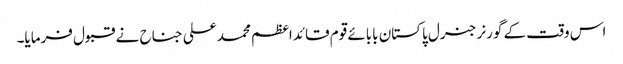
اس وقت کے گورنر جنرل پاکستان بابائے قوم قائداعظم محمد علی جناح نے قبول فرمایا۔